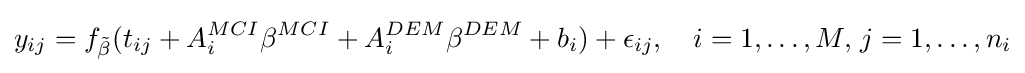
{y}_{ij}=f_{\tilde {\beta }}(t_{ij}+A_{i}^{MCI}\beta ^{MCI}+A_{i}^{DEM}\beta ^{DEM}+b_{i})+\epsilon _{ij},\quad i=1,\ldots ,M,\,j=1,\ldots ,n_{i}